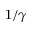
1 / \gamma